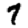
Digit: 7